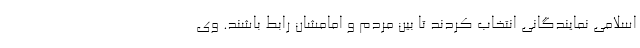
اسلامی نمایندگانی انتخاب کردند تا بین مردم و امامشان رابط باشند. وی